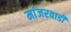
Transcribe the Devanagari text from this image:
मांजरवाडी